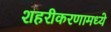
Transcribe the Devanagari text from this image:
शहरीकरणामध्ये